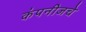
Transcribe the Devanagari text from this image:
कंपनीजचे